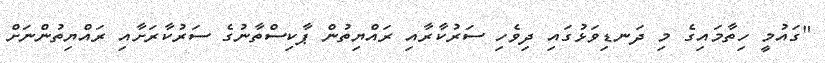
"ގައުމީ ހިތާމައިގެ މި ދަނޑިވަޅުގައި ދިވެހި ސަރުކާރާއި ރައްޔިތުން ޕާކިސްތާނުގެ ސަރުކާރަށާއި ރައްޔިތުންނަށް